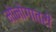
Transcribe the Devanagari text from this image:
मोनोगातरी